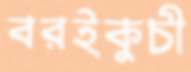
বরইকুচী